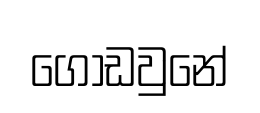
ගොඩවුනේ